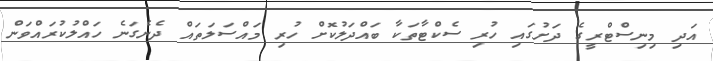
އަދި މިނިސްޓްރީގެ ދަށުގައި ހުރި ސެކްޓާތަކާ ބައްދަލުކޮށް ހުރި މައްސަލަތައް ދެނެގަނެ ހައްލުކުރައްވަން